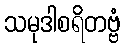
သမုဒါစရိတဗ္ဗံ